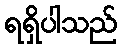
ရရှိပါသည်